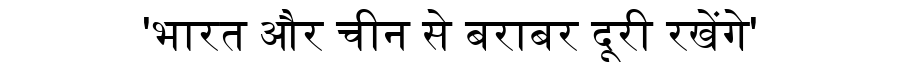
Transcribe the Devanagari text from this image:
'भारत और चीन से बराबर दूरी रखेंगे'